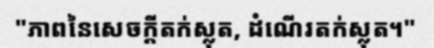
"ភាពនៃសេចក្តីតក់ស្លុត, ដំណើរតក់ស្លុត។"